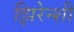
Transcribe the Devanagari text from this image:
झिरेन्शी